Calcutta medical institutions reports 1871-78
Year: 1871
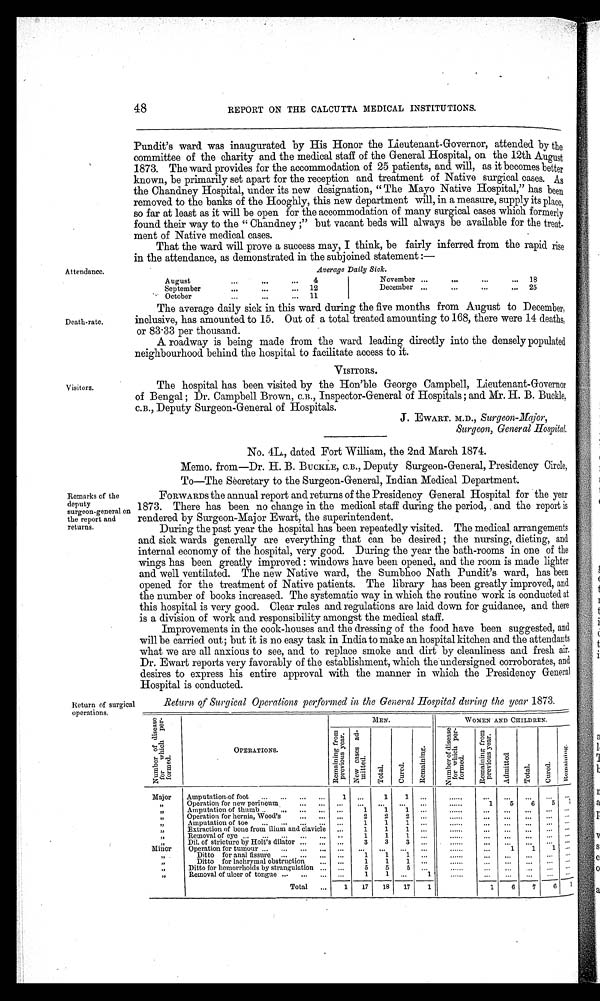
Attendance.
Death-rate.
Visitors.
Remarks of the
deputy
surgeon-general on
the report and
returns.
48
REPORT ON THE CALCUTTA MEDICAL INSTITUTIONS.
Pundit's ward. was inaugurated by His Honor the Lieutenant-Governor, attended by the
committee of the charity and the medical staff of the General Hospital, on the 12th August
1873. The ward provides for the accommodation of 25 patients, and will, as it becomes better
known, be primarily set apart for the reception and treatment of Native surgical cases. As
the Chandney Hospital, under its new designation, "The Mayo Native Hospital," has been
removed to the banks of the Hooghly, this new department will, in a measure, supply its place,
so far at least as it will be open for the accommodation of many surgical cases which formerly
found their way to the "Chand ney;" but vacant beds will always be available for the treat
-
ment of Native medical cases.
That the ward will prove a success may, I think, be fairly inferred from the rapid rise
in the attendance, as demonstrated in the subjoined statement:—
Average Daily Sick.
August
4
November
18
September.. 12
December
25
October
11
The average daily sick in this ward during the five months from August to December,
inclusive, has amounted to 15. Out of a total treated amounting to 168, there were 14 deaths,
or 83 . 33 per thousand.
A roadway is being made from the ward leading directly into the densely populated
neighbourhood behind the hospital to facilitate access to it.
VISITORS.
The hospital has been visited by the Hon'ble George Campbell, Lieutenant-Governor
of Bengal; Dr. Campbell Brown, C.B., Inspector-General of Hospitals; and Mr. H. B. Buckle,
C.B., Deputy Surgeon-General of Hospitals.
J. EWART. M.D., Surgeon-Major,
Surgeon, General Hospital.
No. 4L., dated Fort William, the 2nd March 1874.
Memo. from—Dr. H. B. BUCKLE, C.B., Deputy Surgeon-General, Presidency Circle,
To—The Secretary to the Surgeon-General, Indian Medical Department.
FORWARDS the annual report and returns of the Presidency General Hospital for the year
1873. There has been no change in the medical staff during the period, and the report is
rendered by Surgeon-Major Ewart, the superintendent.
During the past year the hospital has been repeatedly visited. The medical arrangements
and sick wards generally are everything that can be desired; the nursing, dieting, and
internal economy of the hospital, very good. During the year the bath-rooms in one of the
wings has been greatly improved: windows have been opened, and the room is made lighter
and well ventilated. The new Native ward, the Sumbhoo Nath Pundit's ward, has been
opened for the treatment of Native patients. The library has been greatly improved, and
the number of books increased. The systematic way in which the routine work is conducted at
this hospital is very good. Clear rules and regulations are laid down for guidance, and there
is a division of work and responsibility amongst the medical staff.
Improvements in the cook-houses and the dressing of the food have been suggested, and
will be carried out; but it is no easy task in India to make an hospital kitchen and the attendants
what we are all anxious to see, and to replace smoke and dirt by cleanliness and fresh air.
Dr. Ewart reports very favorably of the establishment, which the undersigned corroborates, and
desires to express his entire approval with the manner in which the Presidency General
Hospital is conducted.
Return of surgical
operations.
Return of Surgical Operations performed in the General Hospital during the year 1873.
N u m b e r o f d i s e a s e f o r w h i c h p e r f o r m e d .
OPERATIONS.
MEN.
WOMEN AND CHILDREN.
R e m a i n i n g f r o m p r e v i o u s y e a r . N e w c a s e s a d m i t t e d .
T o t a l .
C u r e d .
R e m a i n i n g .
N u m b e r o f d i s e a s e f o r w h i c h p e r f o r m e d .
R e m a i n i n g f r o m p r e v i o u s y e a r .
A d m i t t e d .
T o t a l .
C u r e d .
R e m a i n i n g .
Major
Amputation.of foot
1
. . .
1
1
. . .
. . . . . . . . .
. . .
. . . . . . . . .
, ,
Operation for new perineum
. . .
. . .
...
...
...
...
......
1
5
6
5
1
, ,
Amputation of thumb
. . .
1
1
1
...
......
. . .
. . .
...
. . .
. . .
, ,
Operation for hernia, Wood's
...
2
2
2
...
. . . . . .
. . .
. . .
. . .
. . .
. . . .
, ,
Amputation of toe
. . .
1
1
1
...
......
...
...
...
. . . . . .
, ,
Extraction of bone from ilium and clavicle
...
1
1
1
. . .
. . . . . .
. . .
. . .
. . .
. . .
. . .
, ,
Removal of eye
..
1
1
1
.....
. . . . . .
. . .
. . .
. . .
. . .
. . .
,,
Dil. of stricture by Holt's dilator
...
3
3
3
...
......
. . .
. . . .
. . . . . .
. . .
Minor
Operation for tumour
...
. . .
...
...
...
......
...
1
1
1
. . .
, ,
Ditto for anal fissure
...
1
1
1
...
......
. . .
. . .
. . .
. . . . . .
, ,
Ditto for lachrymal obstruction
. . .
1
1
1
. . .
. . . . . .
. . .
. . .
. . .
. . .
. . .
, ,
Ditto for hemorrhoids by strangulation
...
5
5
5
...
......
. . .
. . .
. . . . . . . . .
, ,
Removal of ulcer of tongue
...
1
1
...
1
......
. . .
. . .
. . .
. . .
. . .
Total
1
17
18
17
1
1
6
7
6
1